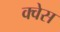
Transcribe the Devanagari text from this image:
क्वेस